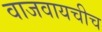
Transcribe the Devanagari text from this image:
वाजवायचीच